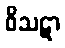
ဝိသဋာ